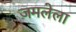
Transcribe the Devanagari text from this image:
जमलेला